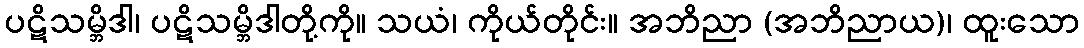
ပဋိသမ္ဘိဒါ၊ ပဋိသမ္ဘိဒါတို့ကို။ သယံ၊ ကိုယ်တိုင်း။ အဘိညာ (အဘိညာယ)၊ ထူးသော